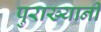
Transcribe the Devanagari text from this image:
पुराख्यानी